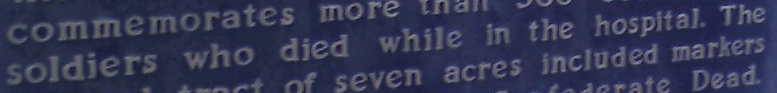
soldiers who died while in the hospital. The